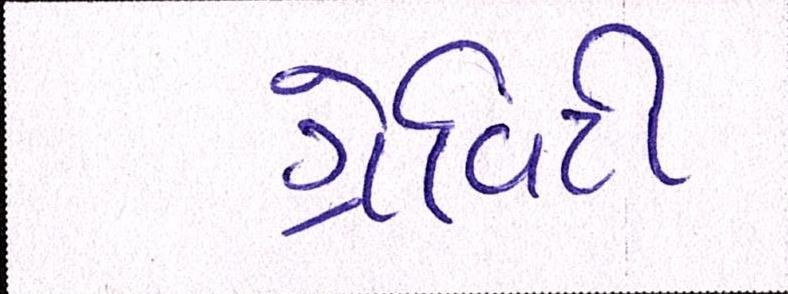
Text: ગ્રેવિટી